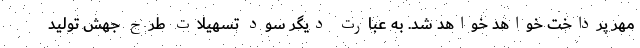
مهر پرداخت خواهد خواهد شد. به عبارت دیگر سود تسهیلات طرح جهش تولید